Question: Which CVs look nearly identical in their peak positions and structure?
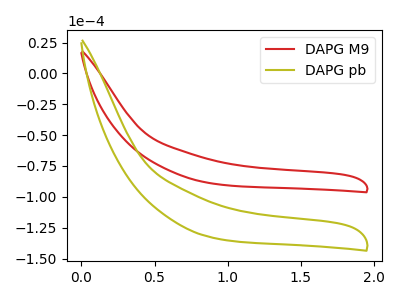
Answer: <think>The red curve "DAPG M9" has no peaks. The olive curve "DAPG pb" has no peaks.
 Neither "DAPG M9" or "DAPG pb" have any peaks.</think>
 <answer>"DAPG M9" and "DAPG pb" have the same shape and are likely CV's of the same chemical.</answer>
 <eval>"DAPG M9" "DAPG pb"</eval>